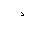
Letter: _dal